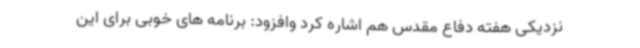
نزدیکی هفته دفاع مقدس هم اشاره کرد وافزود: برنامه های خوبی برای این